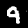
Digit: 9